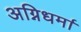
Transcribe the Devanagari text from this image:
अग्निधर्मा